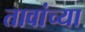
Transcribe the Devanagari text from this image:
तावांच्या